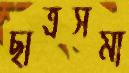
ছাত্রসমা